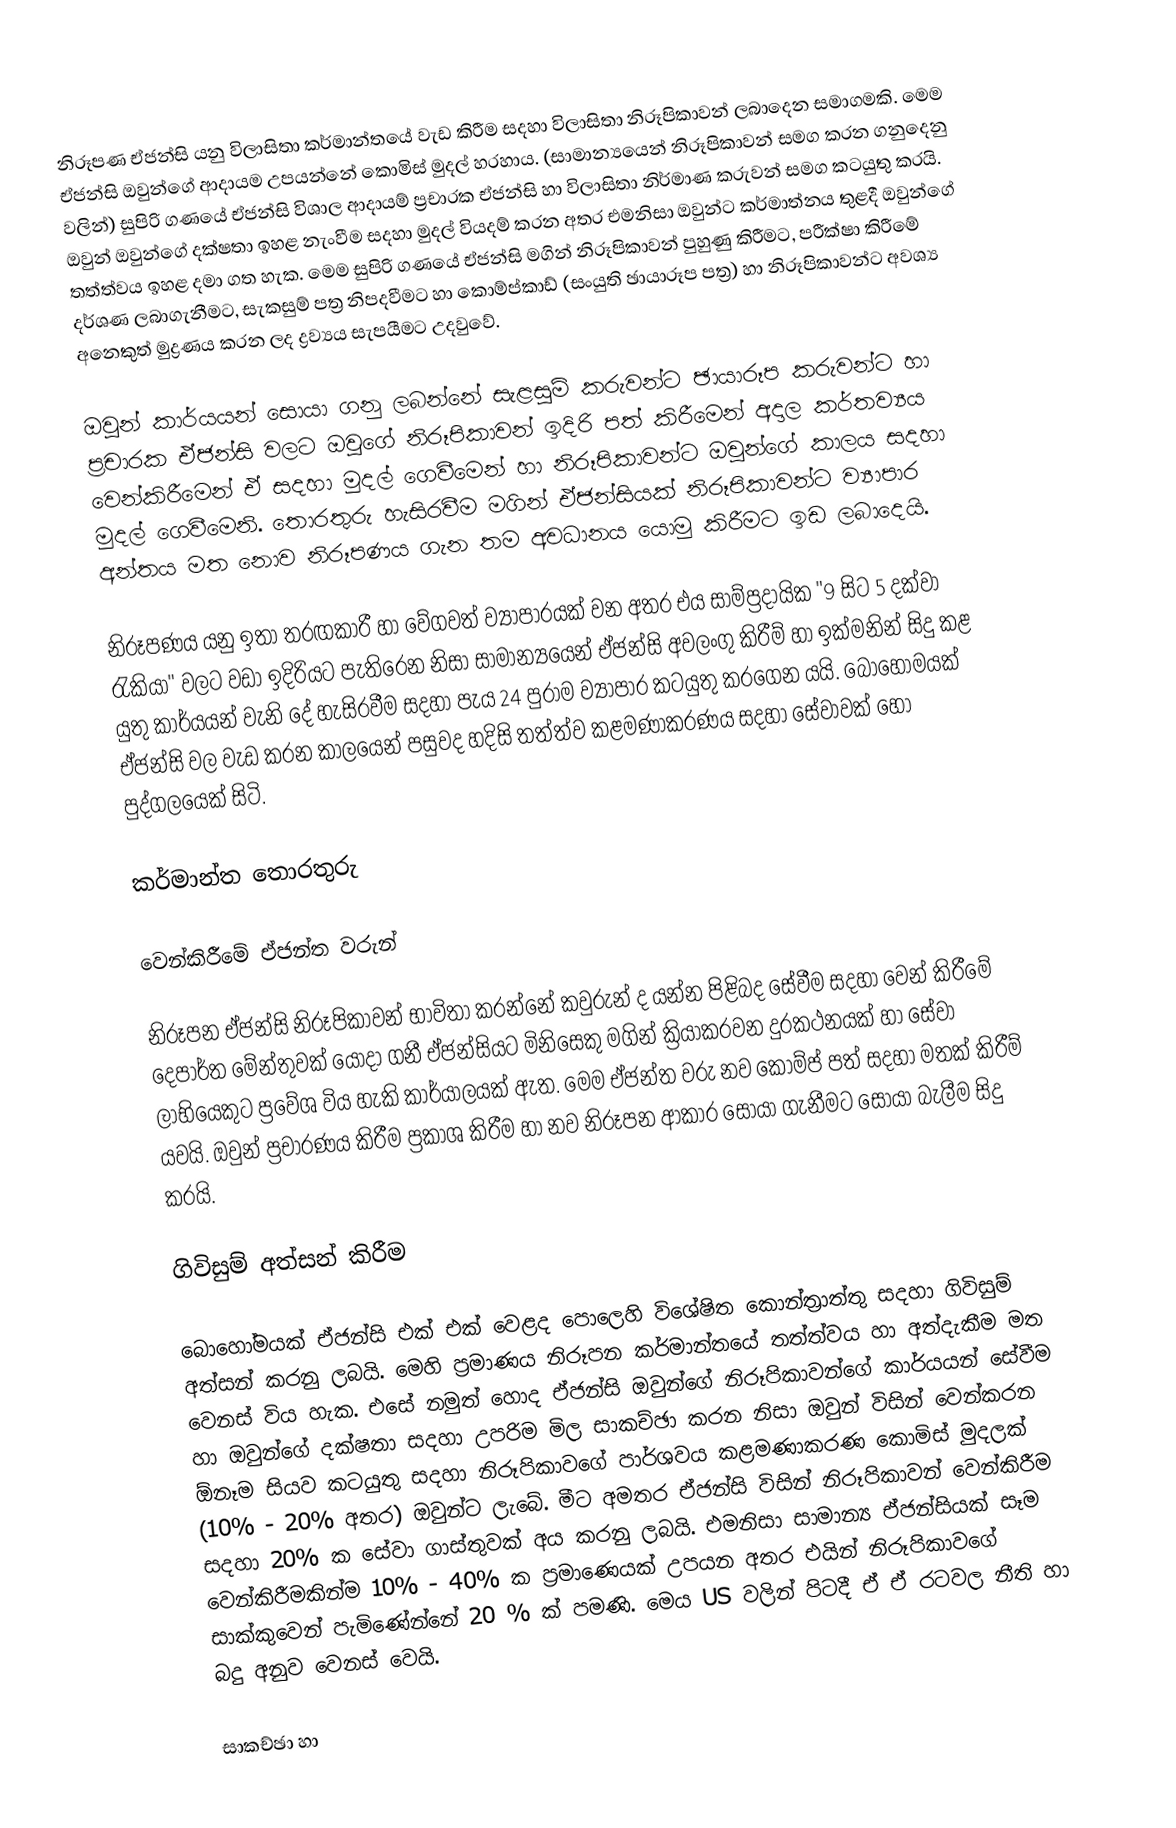
නිරූපණ ඒජන්සි යනු විලාසිතා කර්මාන්තයේ වැඩ කිරීම සදහා විලාසිතා නිරූපිකාවන් ලබාදෙන සමාගමකි. මෙම ඒජන්සි ඔවුන්ගේ ආදායම උපයන්නේ කොමිස් මුදල් හරහාය. (සාමාන්‍යයෙන් නිරූපිකාවන් සමග කරන ගනුදෙනු වලින්) සුපිරි ගණයේ ඒජන්සි විශාල ආදායම් ප්‍රචාරක ඒජන්සි හා විලාසිතා නිර්මාණ කරුවන් සමග කටයුතු කරයි. ඔවුන් ඔවුන්ගේ දක්ෂතා ඉහළ නැංවීම සදහා මුදල් වියදම් කරන අතර එමනිසා ඔවුන්ට කර්මාත්නය තුළදී ඔවුන්ගේ තත්ත්වය ඉහළ දමා ගත හැක. මෙම සුපිරි ගණයේ ඒජන්සි මගින් නිරූපිකාවන් පුහුණු කිරීමට, පරීක්ෂා කිරීමේ දර්ශණ ලබාගැනීමට, සැකසුම් පත්‍ර නිපදවීමට හා කොම්ප්කාඩ් (සංයුති ඡායාරූප පත්‍ර) හා නිරූපිකාවන්ට අවශ්‍ය අනෙකුත් මුද්‍රණය කරන ලද ද්‍රව්‍යය සැපයීමට උදවුවේ.

ඔවුන් කාර්යයන් සොයා ගනු ලබන්නේ සැළසුම් කරුවන්ට ඡායාරූප කරුවන්ට හා ප්‍රචාරක ඒජන්සි වලට ඔවුගේ නිරූපිකාවන් ඉදිරි පත් කිරීමෙන් අදාල කර්තව්‍යය වෙන්කිරීමෙන් ඒ සදහා මුදල් ගෙවීමෙන් හා නිරූපිකාවන්ට ඔවුන්ගේ කාලය සදහා මුදල් ගෙවීමෙනි. තොරතුරු හැසිරවීම මගින් ඒජන්සියක් නිරූපිකාවන්ට ව්‍යාපාර අන්තය මත නොව නිරූපණය ගැන තම අවධානය යොමු කිරීමට ඉඩ ලබාදෙයි.

නිරූපණය යනු ඉතා තරඟකාරී හා වේගවත් ව්‍යාපාරයක් වන අතර එය සාම්ප්‍රදායික "9 සිට 5 දක්වා රැකියා" වලට වඩා ඉදිරියට පැතිරෙන නිසා සාමාන්‍යයෙන් ඒජන්සි අවලංගු කිරීම් හා ඉක්මනින් සිදු කළ යුතු කාර්යයන් වැනි දේ හැසිරවීම සදහා පැය 24 පුරාම ව්‍යාපාර කටයුතු කරගෙන යයි. බොහෝමයක් ඒජන්සි වල වැඩ කරන කාලයෙන් පසුවද හදිසි තත්ත්ව කළමණාකරණය සදහා සේවාවක් හෝ පුද්ගලයෙක් සිටි.

කර්මාන්ත තොරතුරු

වෙන්කිරීමේ ඒජන්ත වරුන්

නිරූපන ඒජන්සි නිරූපිකාවන් භාවිතා කරන්නේ කවුරුන් ද යන්න පිළිබද සේවීම සදහා වෙන් කිරීමේ දෙපාර්ත මේන්තුවක් යොදා ගනී ඒජන්සියට මිනිසෙකු මගින් ක්‍රියාකරවන දුරකථනයක් හා සේවා ලාභියෙකුට ප්‍රවේශ විය හැකි කාර්යාලයක් ඇත. මෙම ඒජන්ත වරු නව කොම්ප් පත් සදහා මතක් කිරීම් යවයි. ඔවුන් ප්‍රචාරණය කිරීම ප්‍රකාශ කිරීම හා නව නිරූපන ආකාර සොයා ගැනීමට සොයා බැලීම සිදු කරයි.

ගිවිසුම් අත්සන් කිරීම

බොහෝමයක් ඒජන්සි එක් එක් වෙළද පොලෙහි විශේෂිත කොන්ත්‍රාත්තු සදහා ගිවිසුම් අත්සන් කරනු ලබයි. මෙහි ප්‍රමාණය නිරූපන කර්මාන්තයේ තත්ත්වය හා අත්දැකීම මත වෙනස් විය හැක. එසේ නමුත් හොද ඒජන්සි ඔවුන්ගේ නිරූපිකාවන්ගේ කාර්යයන් සේවීම හා ඔවුන්ගේ දක්ෂතා සදහා උපරිම මිල සාකච්ඡා කරන නිසා ඔවුන් විසින් වෙන්කරන ඕනෑම සියව කටයුතු සදහා නිරූපිකාව‍ගේ පාර්ශවය කළමණාකරණ කොමිස් මුදලක් (10% - 20% අතර) ඔවුන්ට ලැබේ. මීට අමතර ඒජන්සි විසින් නිරූපිකාවන් වෙන්කිරීම සදහා 20% ක සේවා ගාස්තුවක් අය කරනු ලබයි. එමනිසා සාමාන්‍ය ඒජන්සියක් සෑම වෙන්කිරීමකින්ම 10% - 40% ක ප්‍රමාණෙයක් උපයන අතර එයින් නිරූපිකාවගේ සාක්කුවෙන් පැමිණේන්නේ 20 % ක් පමණි. මෙය US වලින් පිටදී ඒ ඒ රටවල නීති හා බදු අනුව වෙනස් වෙයි.

සාකච්ඡා හා